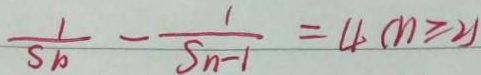
\frac { 1 } { S _ { 1 0 } } - \frac { 1 } { S _ { n - 1 } } = 4 ( n \geq 2 )